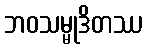
ဘဝသမ္မုဒိတဿ